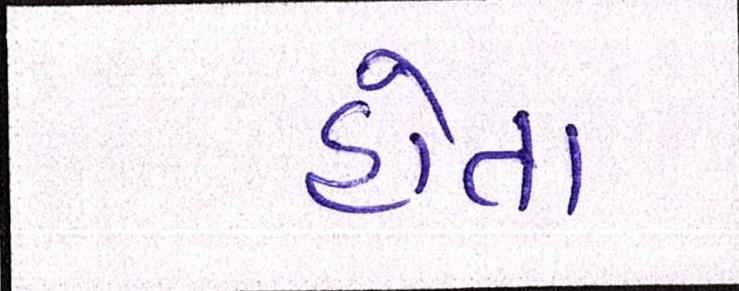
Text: હોતા